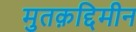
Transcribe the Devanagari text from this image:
मुतक़द्दिमीन